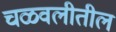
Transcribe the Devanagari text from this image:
चळवलीतील